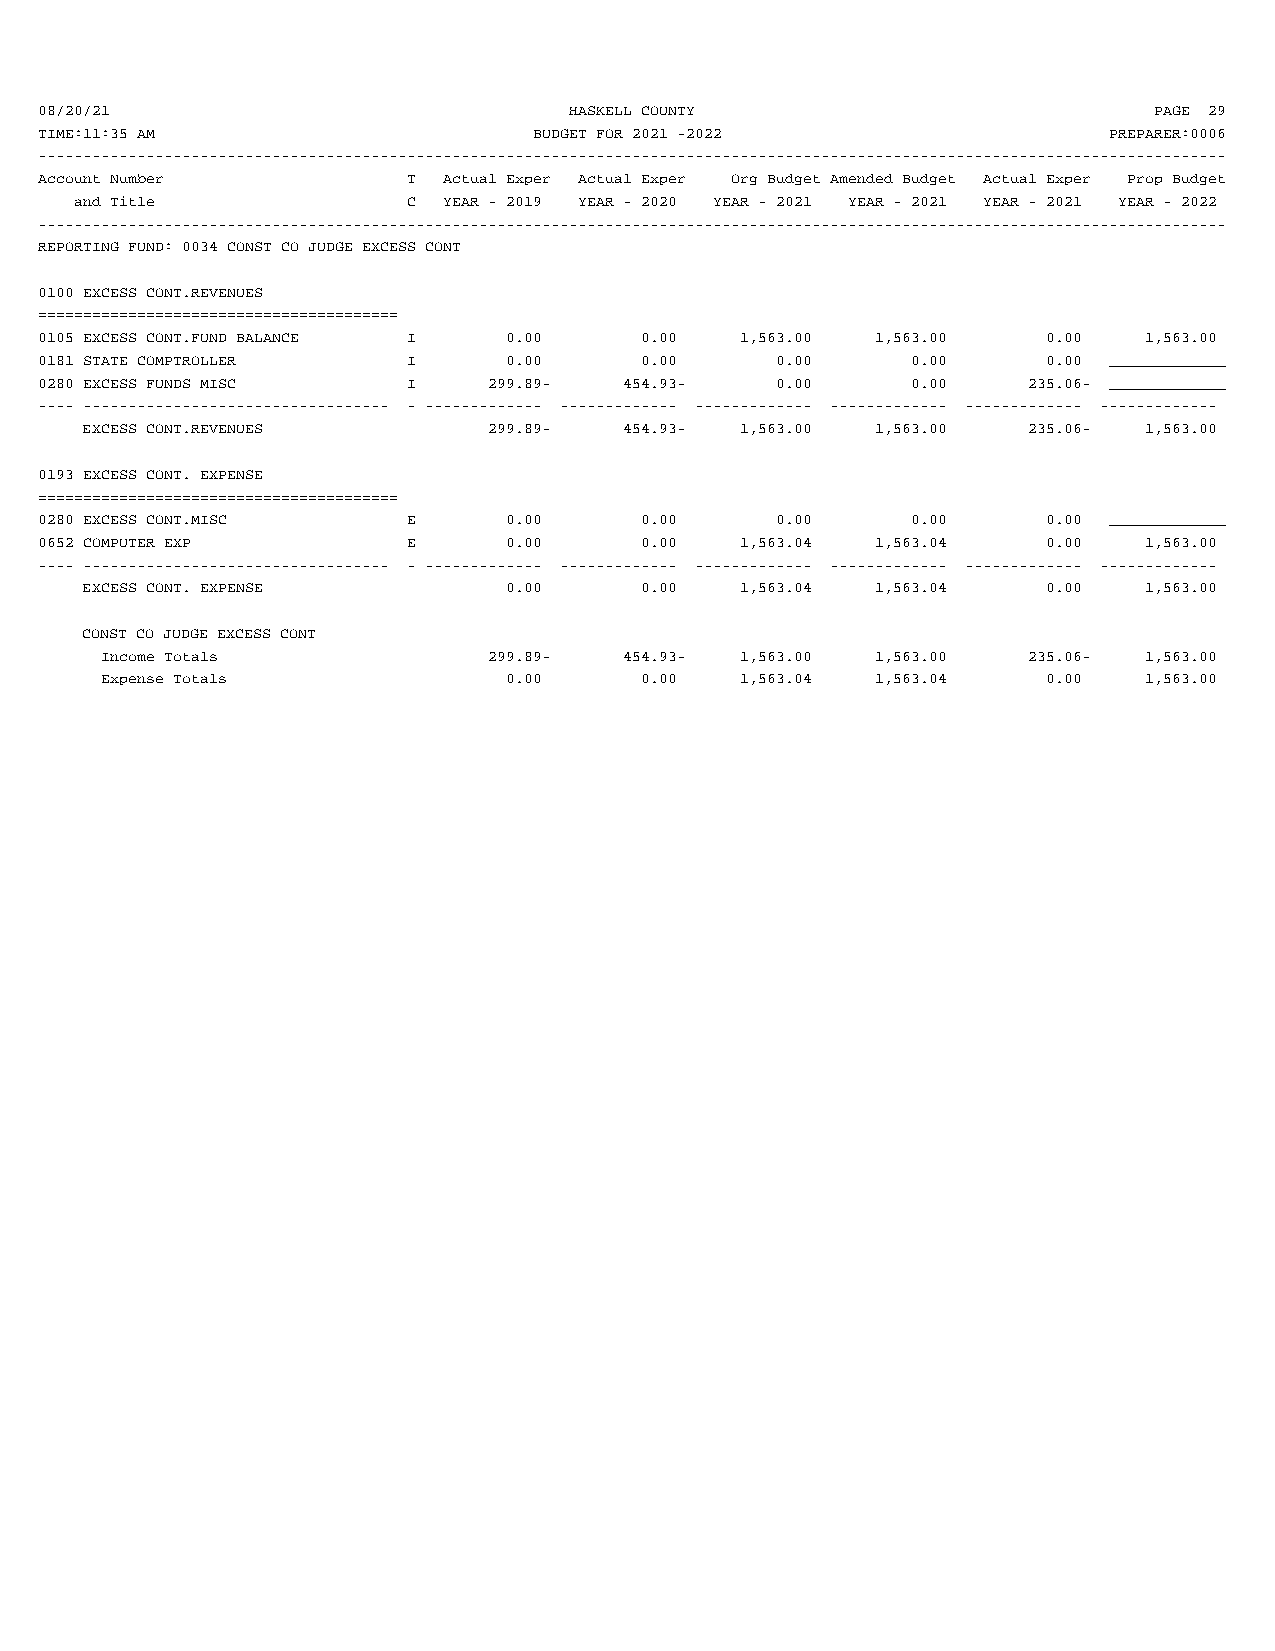
08/20/21                            HASKELL COUNTY                        PAGE 29
 TIME:11:35 AM                    BUDGET FOR 2021 -2022                 PREPARER:0006
 ------------------------------------------------------------------------------------------------------------------------------------
 Account Number           T Actual Exper Actual Exper Org Budget Amended Budget Actual Exper Prop Budget
 and Title             C YEAR - 2019 YEAR - 2020 YEAR - 2021 YEAR - 2021 YEAR - 2021 YEAR - 2022
 ------------------------------------------------------------------------------------------------------------------------------------
 REPORTING FUND: 0034 CONST CO JUDGE EXCESS CONT
 0100 EXCESS CONT.REVENUES
 ========================================
 0105 EXCESS CONT.FUND BALANCE I 0.00    0.00   1,563.00 1,563.00   0.00   1,563.00
 0181 STATE COMPTROLLER   I     0.00     0.00     0.00     0.00     0.00 _____________
 0280 EXCESS FUNDS MISC   I    299.89-  454.93-   0.00     0.00    235.06- _____________
 ---- ---------------------------------- - ------------- ------------- ------------- ------------- ------------- -------------
 EXCESS CONT.REVENUES       299.89-  454.93- 1,563.00 1,563.00  235.06- 1,563.00
 0193 EXCESS CONT. EXPENSE
 ========================================
 0280 EXCESS CONT.MISC    E     0.00     0.00     0.00     0.00     0.00 _____________
 0652 COMPUTER EXP        E     0.00     0.00   1,563.04 1,563.04   0.00   1,563.00
 ---- ---------------------------------- - ------------- ------------- ------------- ------------- ------------- -------------
 EXCESS CONT. EXPENSE        0.00     0.00   1,563.04 1,563.04   0.00   1,563.00
 CONST CO JUDGE EXCESS CONT
 Income Totals            299.89-  454.93- 1,563.00 1,563.00  235.06- 1,563.00
 Expense Totals            0.00     0.00   1,563.04 1,563.04   0.00   1,563.00